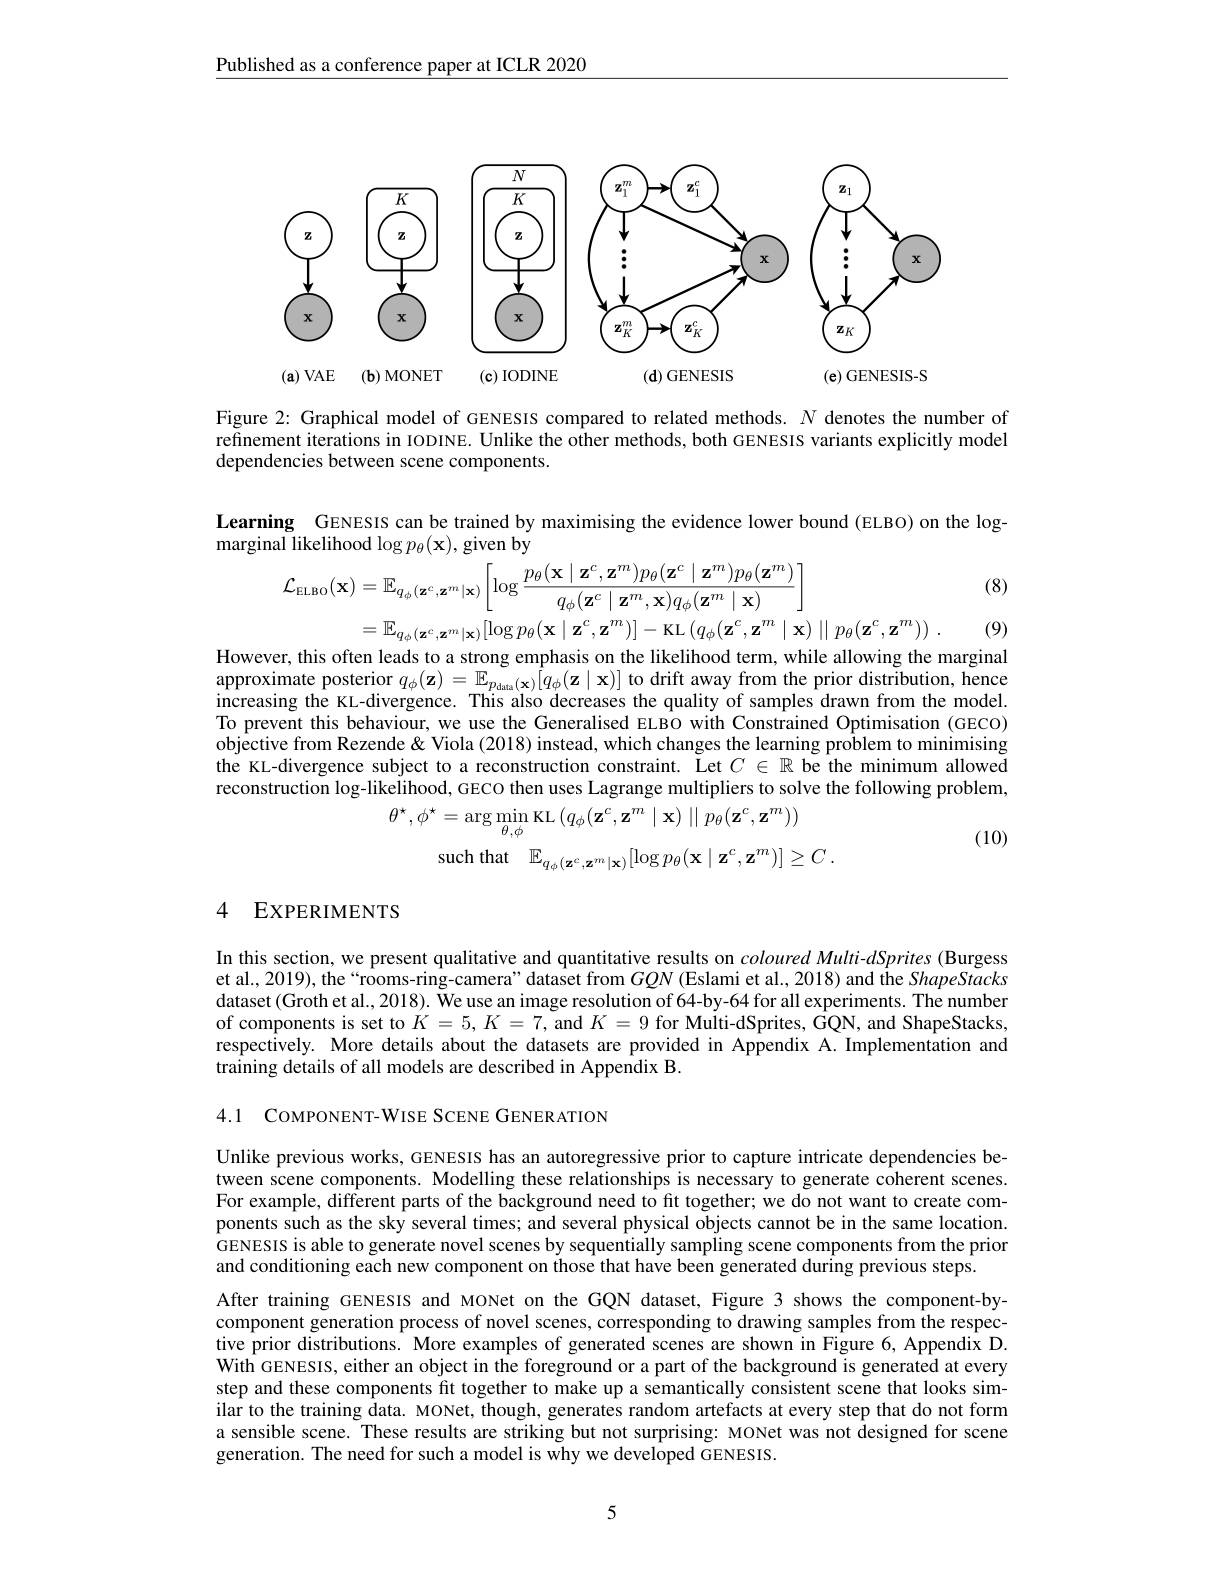
Published as a conference paper at ICLR 2020

<FigureHere>

Figure 2: Graphical model of GENESIS compared to related methods. $N$ denotes the number of refinement iterations in IODINE. Unlike the other methods, both GENESIS variants explicitly model dependencies between scene components.

Learning GENESIS can be trained by maximising the evidence lower bound (ELBO) on the log-

(8)

$\bar{\text{marginal likelihood }\log p_\theta(\mathbf{x})}$, given by
$$\begin{aligned}&\mathcal{L}_{\mathrm{ELBO}}(\mathbf{x})=\mathbb{E}_{q_{\phi}(\mathbf{z}^{c},\mathbf{z}^{m}|\mathbf{x})}\left[\log\frac{p_{\theta}(\mathbf{x}\mid\mathbf{z}^{c},\mathbf{z}^{m})p_{\theta}(\mathbf{z}^{c}\mid\mathbf{z}^{m})p_{\theta}(\mathbf{z}^{m})}{q_{\phi}(\mathbf{z}^{c}\mid\mathbf{z}^{m},\mathbf{x})q_{\phi}(\mathbf{z}^{m}\mid\mathbf{x})}\right]\\&=\mathbb{E}_{q_{\phi}(\mathbf{z}^{c},\mathbf{z}^{m}|\mathbf{x})}[\log p_{\theta}(\mathbf{x}\mid\mathbf{z}^{c},\mathbf{z}^{m})]-\mathrm{KL}\left(q_{\phi}(\mathbf{z}^{c},\mathbf{z}^{m}\mid\mathbf{x})\parallel p_{\theta}(\mathbf{z}^{c},\mathbf{z}^{m})\right)\:.\\&\text{er this often leads to to a strong emphasis on the likelihood term while allowing the m}\end{aligned}$$
(9)

approximate posterior $q_\phi ( \mathbf{z} ) = \mathbb{E} _{p_\mathrm{data}( \mathbf{x} ) }[ q_\phi ( \mathbf{z} \mid \mathbf{x} ) ]$ to drift away from the prior distribution, hence increasing the KL-divergence. This also decreases the quality of samples drawn from the model. To prevent this behaviour, we use the Generalised ELBO with Constrained Optimisation (GECO) objective from Rezende & Viola (2018) instead, which changes the learning problem to minimising the KL-divergence subject to a reconstruction constraint. $\operatorname{Let}C\in\mathbb{R}$ be the minimum allowed reconstruction log-likelihood, GECO then uses Lagrange multipliers to solve the following problem,
$$\theta^{\star},\phi^{\star}=\arg\min_{\theta,\phi}\mathrm{KL}\left(q_{\phi}(\mathbf{z}^{c},\mathbf{z}^{m}\mid\mathbf{x})\mid\mid p_{\theta}(\mathbf{z}^{c},\mathbf{z}^{m})\right)\\\mathrm{such~that}\quad\mathbb{E}_{q_{\phi}(\mathbf{z}^{c},\mathbf{z}^{m}\mid\mathbf{x})}[\log p_{\theta}(\mathbf{x}\mid\mathbf{z}^{c},\mathbf{z}^{m})]\geq C\:.$$
(10)

### 4 EXPERIMENTS

In this section, we present qualitative and quantitative results on coloured Multi-dSprites (Burgess et al., 2019), the“rooms-ring-camera” dataset from $GQN$ (Eslami et al., 2018) and the ShapeStacks dataset (Groth et al., 2018). We use an image resolution of 64-by-64 for all experiments. The number of components is set to $K=5,K=7$, and $K=9$ for Multi-dSprites, GQN, and ShapeStacks, respectively. More details about the datasets are provided in Appendix A.Implementation and training details of all models are described in Appendix B.

4.1 COMPONENT-WISE SCENE GENERATION

Unlike previous works, GENESIS has an autoregressive prior to capture intricate dependencies between scene components. Modelling these relationships is necessary to generate coherent scenes. For example, different parts of the background need to fit together; we do not want to create components such as the sky several times; and several physical objects cannot be in the same location. GENESIS is able to generate novel scenes by sequentially sampling scene components from the prior and conditioning each new component on those that have been generated during previous steps.
After training GENESIS and MONet on the GQN dataset, Figure 3 shows the component-bycomponent generation process of novel scenes, corresponding to drawing samples from the respective prior distributions. More examples of generated scenes are shown in Figure 6, Appendix D. With GENESIS, either an object in the foreground or a part of the background is generated at every step and these components fit together to make up a semantically consistent scene that looks similar to the training data. MONet, though, generates random artefacts at every step that do not form a sensible scene. These results are striking but not surprising: MONet was not designed for scene generation. The need for such a model is why we developed GENESIS.

5